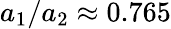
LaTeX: a_{1}/a_{2}\approx 0.765